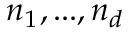
n _ { 1 } , . . . , n _ { d }